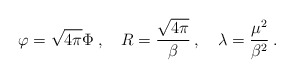
\begin{align*}\varphi =\sqrt{4\pi }\Phi \: ,\quad R=\displaystyle\frac{\sqrt{4\pi }}{\beta }\: ,\quad \lambda =\displaystyle\frac{\mu ^{2}}{\beta ^{2}}\: .\end{align*}